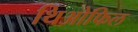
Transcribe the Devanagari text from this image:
थिओफिल